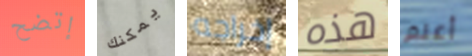
إتضح يمكنك إخراجه هذه أعلم